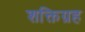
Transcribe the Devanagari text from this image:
शक्तिग्रह